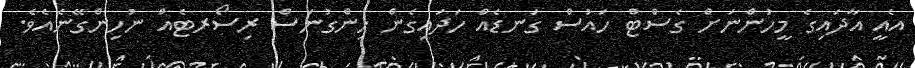
އެއީ އާދައިގެ މީހުންނަށް ގެސްޓް ހައުސް ގަނޑެއް ހަދައިގެން ހިންގުނަސް ރިސޯރޓެއް ނުހިންގޭނެއެވެ.